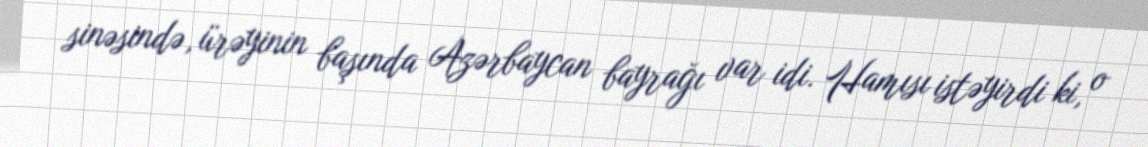
sinəsində, ürəyinin başında Azərbaycan bayrağı var idi. Hamısı istəyirdi ki, o